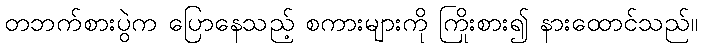
တဘက်စားပွဲက ပြောနေသည့် စကားများကို ကြိုးစား၍ နားထောင်သည်။